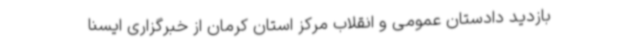
بازدید دادستان عمومی و انقلاب مرکز استان کرمان از خبرگزاری ایسنا